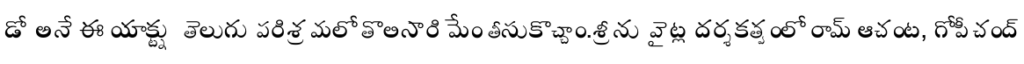
డో అనే ఈ యాక్ట్ను తెలుగు పరిశ్రమలో తొలిసారి మేం తీసుకొచ్చాం.శ్రీను వైట్ల దర్శకత్వంలో రామ్ ఆచంట, గోపీచంద్